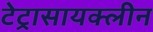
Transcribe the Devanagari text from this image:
टेट्रासायक्लीन